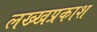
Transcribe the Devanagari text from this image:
लख्खप्रकाश